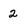
Character: 2